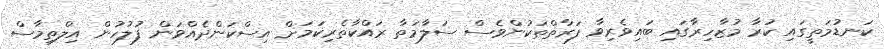
ކަނޑުމަތީގައި ކުރާ މުޒާހިރާގައި ބައިވެރިވާ ފަރާތްތަކުންވެސް ސަލާމަތާ ރައްކާތެރިކަމަށް އިސްކަންދެއްވަން ފުލުހުން އިލްތިމާސް